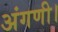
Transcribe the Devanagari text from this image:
अंगणी।